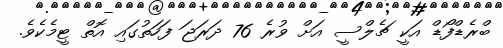
ބްރެޑްފޯޑް އަކީ ޗެލްސީ އަށް ވުރެ 76 ދަރަޖަ ފަހަތުގައި އޮތް ޓީމެކެވެ.